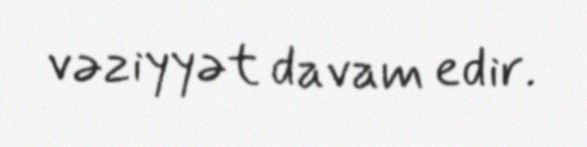
vəziyyət davam edir.